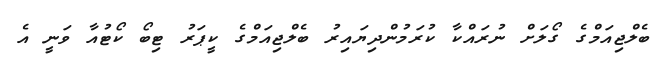
ބެލްޖިއަމްގެ ގޯލަށް ނުރައްކާ ކުރަމުންދިޔައިރު ބެލްޖިއަމްގެ ކީޕަރު ޓިބޯ ކޯޓުއާ ވަނީ އެ